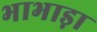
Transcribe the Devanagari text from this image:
भाभाड़ा